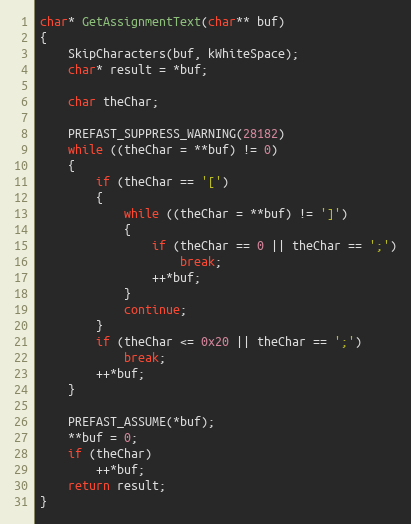
Language: C++
char* GetAssignmentText(char** buf)
{
	SkipCharacters(buf, kWhiteSpace);
	char* result = *buf;

	char theChar;

	PREFAST_SUPPRESS_WARNING(28182)
	while ((theChar = **buf) != 0)
	{
		if (theChar == '[')
		{
			while ((theChar = **buf) != ']')
			{
				if (theChar == 0 || theChar == ';')
					break;
				++*buf;
			}
			continue;
		}
		if (theChar <= 0x20 || theChar == ';')
			break;
		++*buf;
	}

	PREFAST_ASSUME(*buf);
	**buf = 0;
	if (theChar)
		++*buf;
	return result;
}